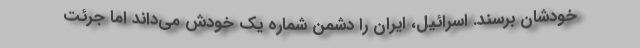
خودشان برسند. اسرائیل، ایران را دشمن شماره یک خودش می‌داند اما جرئت